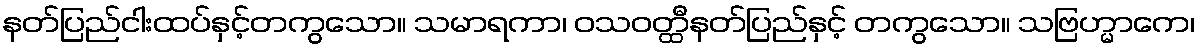
နတ်ပြည်ငါးထပ်နှင့်တကွသော။ သမာရကာ၊ ဝသဝတ္ထီနတ်ပြည်နှင့် တကွသော။ သဗြဟ္မာကေ၊